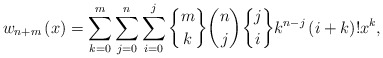
\begin{align*}w_{n+m}\left( x\right) =\sum_{k=0}^{m}\sum_{j=0}^{n}\sum_{i=0}^{j}\genfrac{\{}{\}}{0pt}{}{m}{k}\binom{n}{j}\genfrac{\{}{\}}{0pt}{}{j}{i}k^{n-j}\left( i+k\right) !x^{k}, \end{align*}